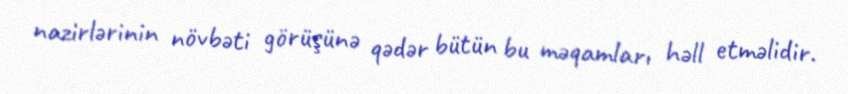
nazirlərinin növbəti görüşünə qədər bütün bu məqamları həll etməlidir.